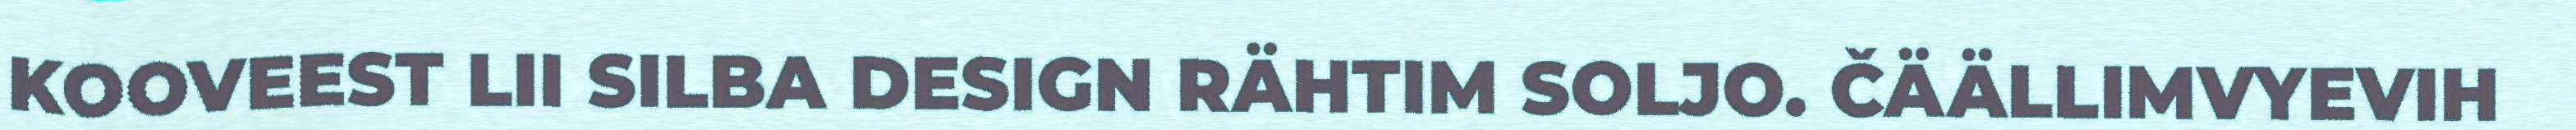
KOOVEEST LII SILBA DESIGN RÄHTIM SOLJO. ČÄÄLLIMVYEVIH